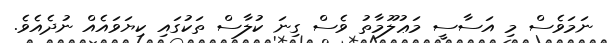
ނަމަވެސް މި އަސާސީ މަޢުލޫމާތު ވެސް ގިނަ ކުލާސް ތަކުގައި ކިޔަވައެއް ނުދެއެވެ.